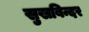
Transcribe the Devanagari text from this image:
सुखबिन्दर